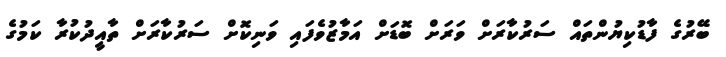
ބޭރުގެ ފާޑުކިޔުންތައް ސަރުކާރަށް ވަރަށް ބޮޑަށް އަމާޒުވެފައި ވަނިކޮށް ސަރުކާރަށް ތާއީދުކުރާ ކަމުގެ